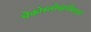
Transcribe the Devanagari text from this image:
चेकोस्लोव्हाकियाने